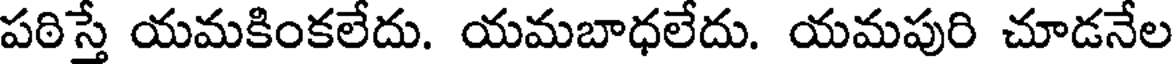
పఠిస్తే యమకింకలేదు. యమబాధలేదు. యమపురి చూడనేల